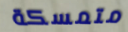
متمسكة